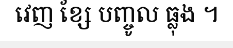
វេញ ខ្សែ បញ្ចូល ធ្លុង ។